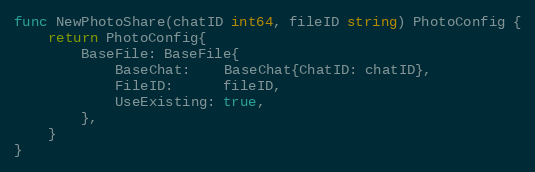
Language: Go
func NewPhotoShare(chatID int64, fileID string) PhotoConfig {
	return PhotoConfig{
		BaseFile: BaseFile{
			BaseChat:    BaseChat{ChatID: chatID},
			FileID:      fileID,
			UseExisting: true,
		},
	}
}